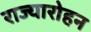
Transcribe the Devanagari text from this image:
राज्यारोहन